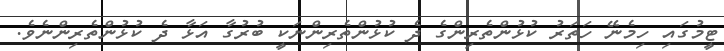
ޓީމުގައި ހިމެނޭ ހަތަރު ކުޅުންތެރިންގެ ދެ ކުޅުންތެރިންނަކީ ބުރުގާ އަޅާ ދެ ކުޅުންތެރިންނެވެ.